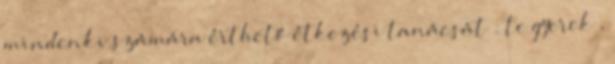
mindenki számára érthető étkezési tanácsát : te gyerek ,